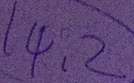
1 4 , 2